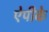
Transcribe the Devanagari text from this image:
ऐपीके